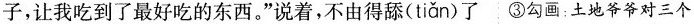
子，让我吃到了最好吃的东西。”说着，不由得舔(tiǎn)了 ③勾画：土地爷爷对三个